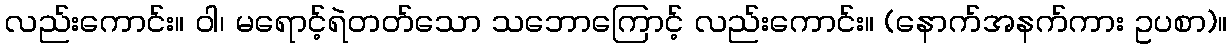
လည်းကောင်း။ ဝါ၊ မရောင့်ရဲတတ်သော သဘောကြောင့် လည်းကောင်း။ (နောက်အနက်ကား ဥပစာ)။